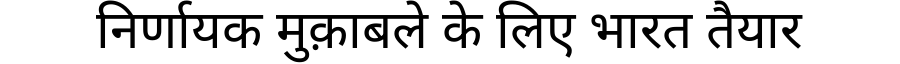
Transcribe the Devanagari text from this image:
निर्णायक मुक़ाबले के लिए भारत तैयार